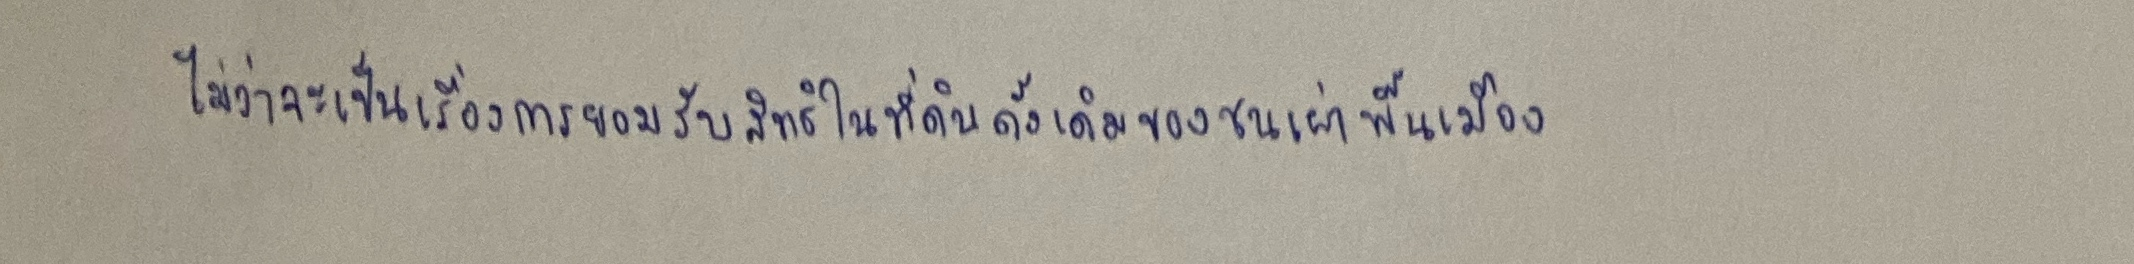
ไม่ว่าจะเป็นเรื่องการยอมรับสิทธิในที่ดินดั้งเดิมของชนเผ่าพื้นเมือง